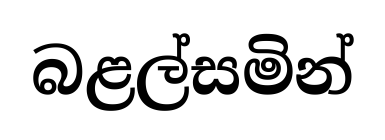
බළල්සමින්